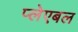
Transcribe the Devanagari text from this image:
प्लेएबल